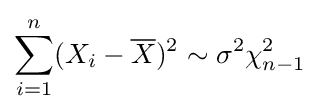
\sum _{i=1}^{n}(X_{i}-{\overline {X}})^{2}\sim \sigma ^{2}\chi _{n-1}^{2}